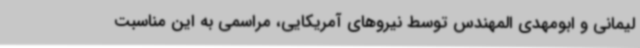
لیمانی و ابومهدی المهندس توسط نیروهای آمریکایی، مراسمی به این مناسبت